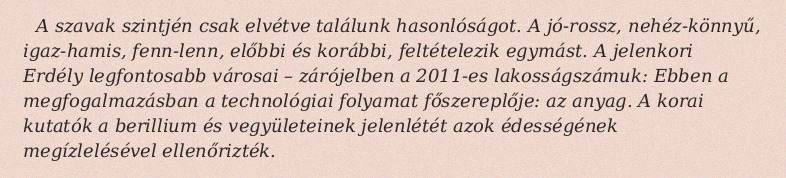
A szavak szintjén csak elvétve találunk hasonlóságot. A jó-rossz, nehéz-könnyű, igaz-hamis, fenn-lenn, előbbi és korábbi, feltételezik egymást. A jelenkori Erdély legfontosabb városai – zárójelben a 2011-es lakosságszámuk: Ebben a megfogalmazásban a technológiai folyamat főszereplője: az anyag. A korai kutatók a berillium és vegyületeinek jelenlétét azok édességének megízlelésével ellenőrizték.